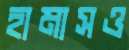
হামাসও